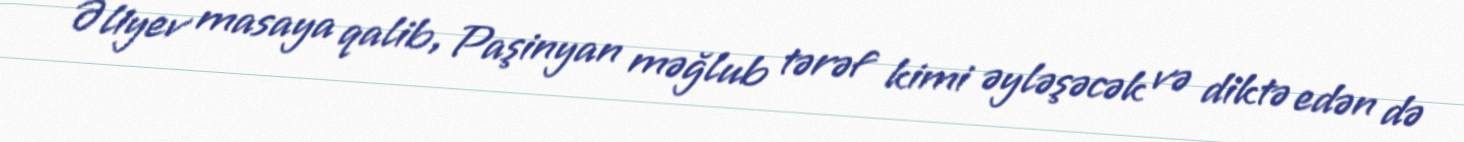
Əliyev masaya qalib, Paşinyan məğlub tərəf kimi əyləşəcək və diktə edən də